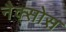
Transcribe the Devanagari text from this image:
नैक्सोस